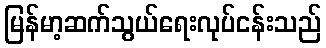
မြန်မာ့ဆက်သွယ်ရေးလုပ်ငန်းသည်